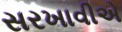
સરખાવીએ